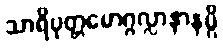
သာရိပုတ္တမောဂ္ဂလ္လာနာနမ္ပိ